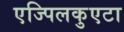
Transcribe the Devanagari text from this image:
एज्पिलकुएटा